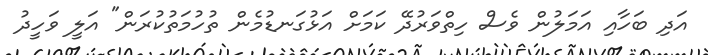
އަދި ބަހާއި އަމަލުން ވެސް ހިތްވަރުދޭ ކަމަށް އަޅުގަނޑުމެން ތުހުމަތުކުރަން" އަލީ ވަހީދު